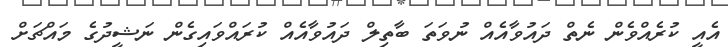
އެއީ ކުރެއްވެން ނެތް ދައުވާއެއް ނުވަތަ ބާތިލް ދައުވާއެއް ކުރައްވައިގެން ނަޝީދުގެ މައްޗަށް